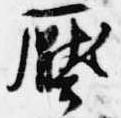
圧